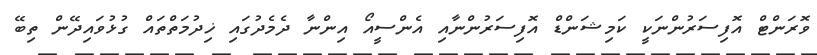
ވޮރަންޓް އޮފިސަރުންނަކީ ކަމިޝަންޑް އޮފިސަރުންނާއި އެންސީއޯ އިންނާ ދެމެދުގައި ޚިދުމަތްތައް ގުޅުވައިދޭން ތިބޭ